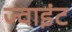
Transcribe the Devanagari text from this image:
ज्‍वाइंट